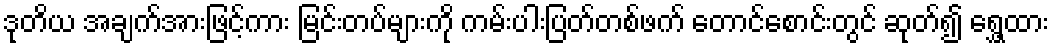
ဒုတိယ အချက်အားဖြင့်ကား မြင်းတပ်များကို ကမ်းပါးပြတ်တစ်ဖက် တောင်စောင်းတွင် ဆုတ်၍ ရွှေ့ထား